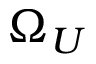
\Omega _ { U }